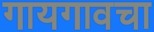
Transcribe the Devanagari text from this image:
गायगावचा